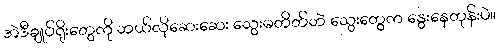
အဲဒီချုပ်ရိုးတွေကို ဘယ်လိုဆေးဆေး သွေးမတိတ်ဘဲ သွေးတွေက နွေးနေတုန်းပဲ။